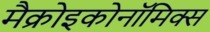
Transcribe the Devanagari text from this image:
मैक्रोइकोनॉमिक्स